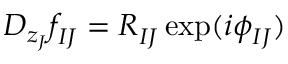
{ \cal D } _ { z _ { J } } f _ { I J } ^ { } = R _ { I J } ^ { } \exp ( i \phi _ { I J } ^ { } )